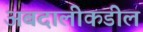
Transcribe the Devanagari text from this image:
अबदालीकडील